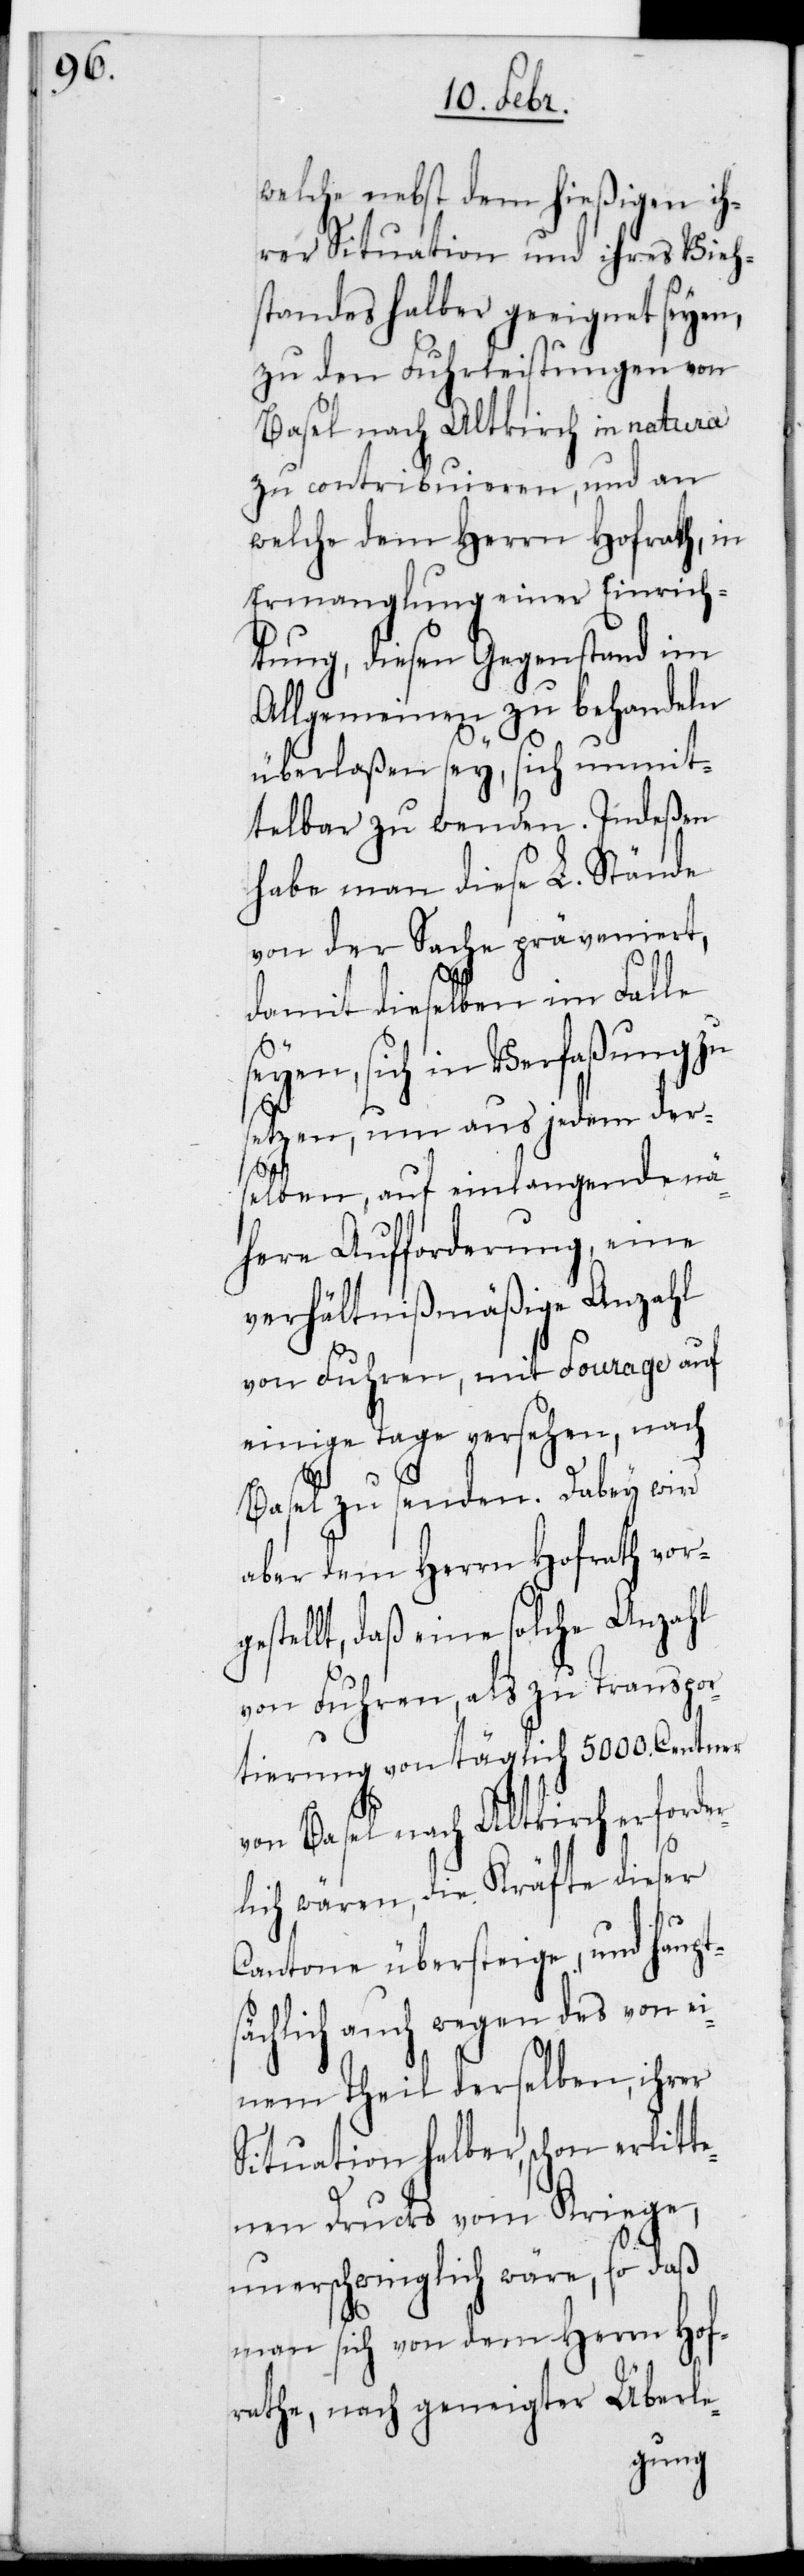
ges¬

welche nebst dem hießigen ih¬
rer Situation und ihres Vieh¬
standes halber geeignet seyen,
zu den Fuhrleistungen von
Basel nach Altkrich in natura
zu contribuieren, und an
welche dem Herrn Hofrath, in
Ermanglung einer Einrich¬
tung, diesen Gegenstand im
Allgemeinen zu behandeln
überlaßen sey, sich unmit¬
telbar zu wenden. Indeßen
habe man diese L. Stände
von der Sache präveniert,
damit dieselben im Falle
eyen, sich in Verfaßung zu
setzen, um aus jedem ders¬
elben, auf einlangende nä¬
here Aufforderung, eine
Verhältnißmäßige Anzahl
von Fuhren, mit Fourage auf
einige Tage versehen, nach
Basel zu senden. Dabey wird
aber dem Herrn Hofrath vor¬
tellt, daß eine solche Anzahl
von Fuhren, als zu Transpor¬
tierung von täglich 5000. Centner
von Basel nach Altkirch erforder¬
lich wären, die Kräfte dieser
Cantone übersteige, und haupt¬
sächlich auch wegen des von ei¬
nem Theil derselben, ihrer
Situation halber, schon erlitt¬
enen Drucks vom Kriege,
unerschwinglich wäre, so daß
man sich von dem Herrn Hof¬
rathe, nach geneigter Überle-